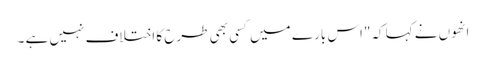
انھوں نے کہا کہ"اس بار ے میں کسی بھی طرح کا اختلاف نہیں ہے ۔